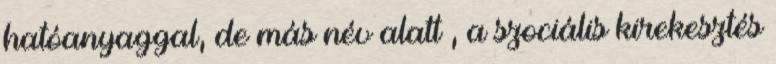
hatóanyaggal, de más név alatt , a szociális kirekesztés